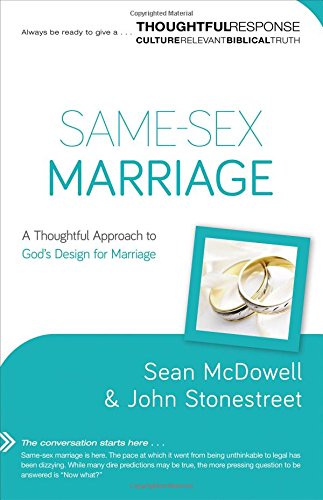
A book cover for Same-Sex Marriage: A Thoughtful Approach to God's Design for Marriage (Thoughtful Response); Sean McDowell; Christian Books & Bibles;